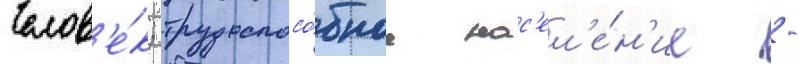
Челов'е́к; трудоспосо́бное нас'ел'е́н'ие -